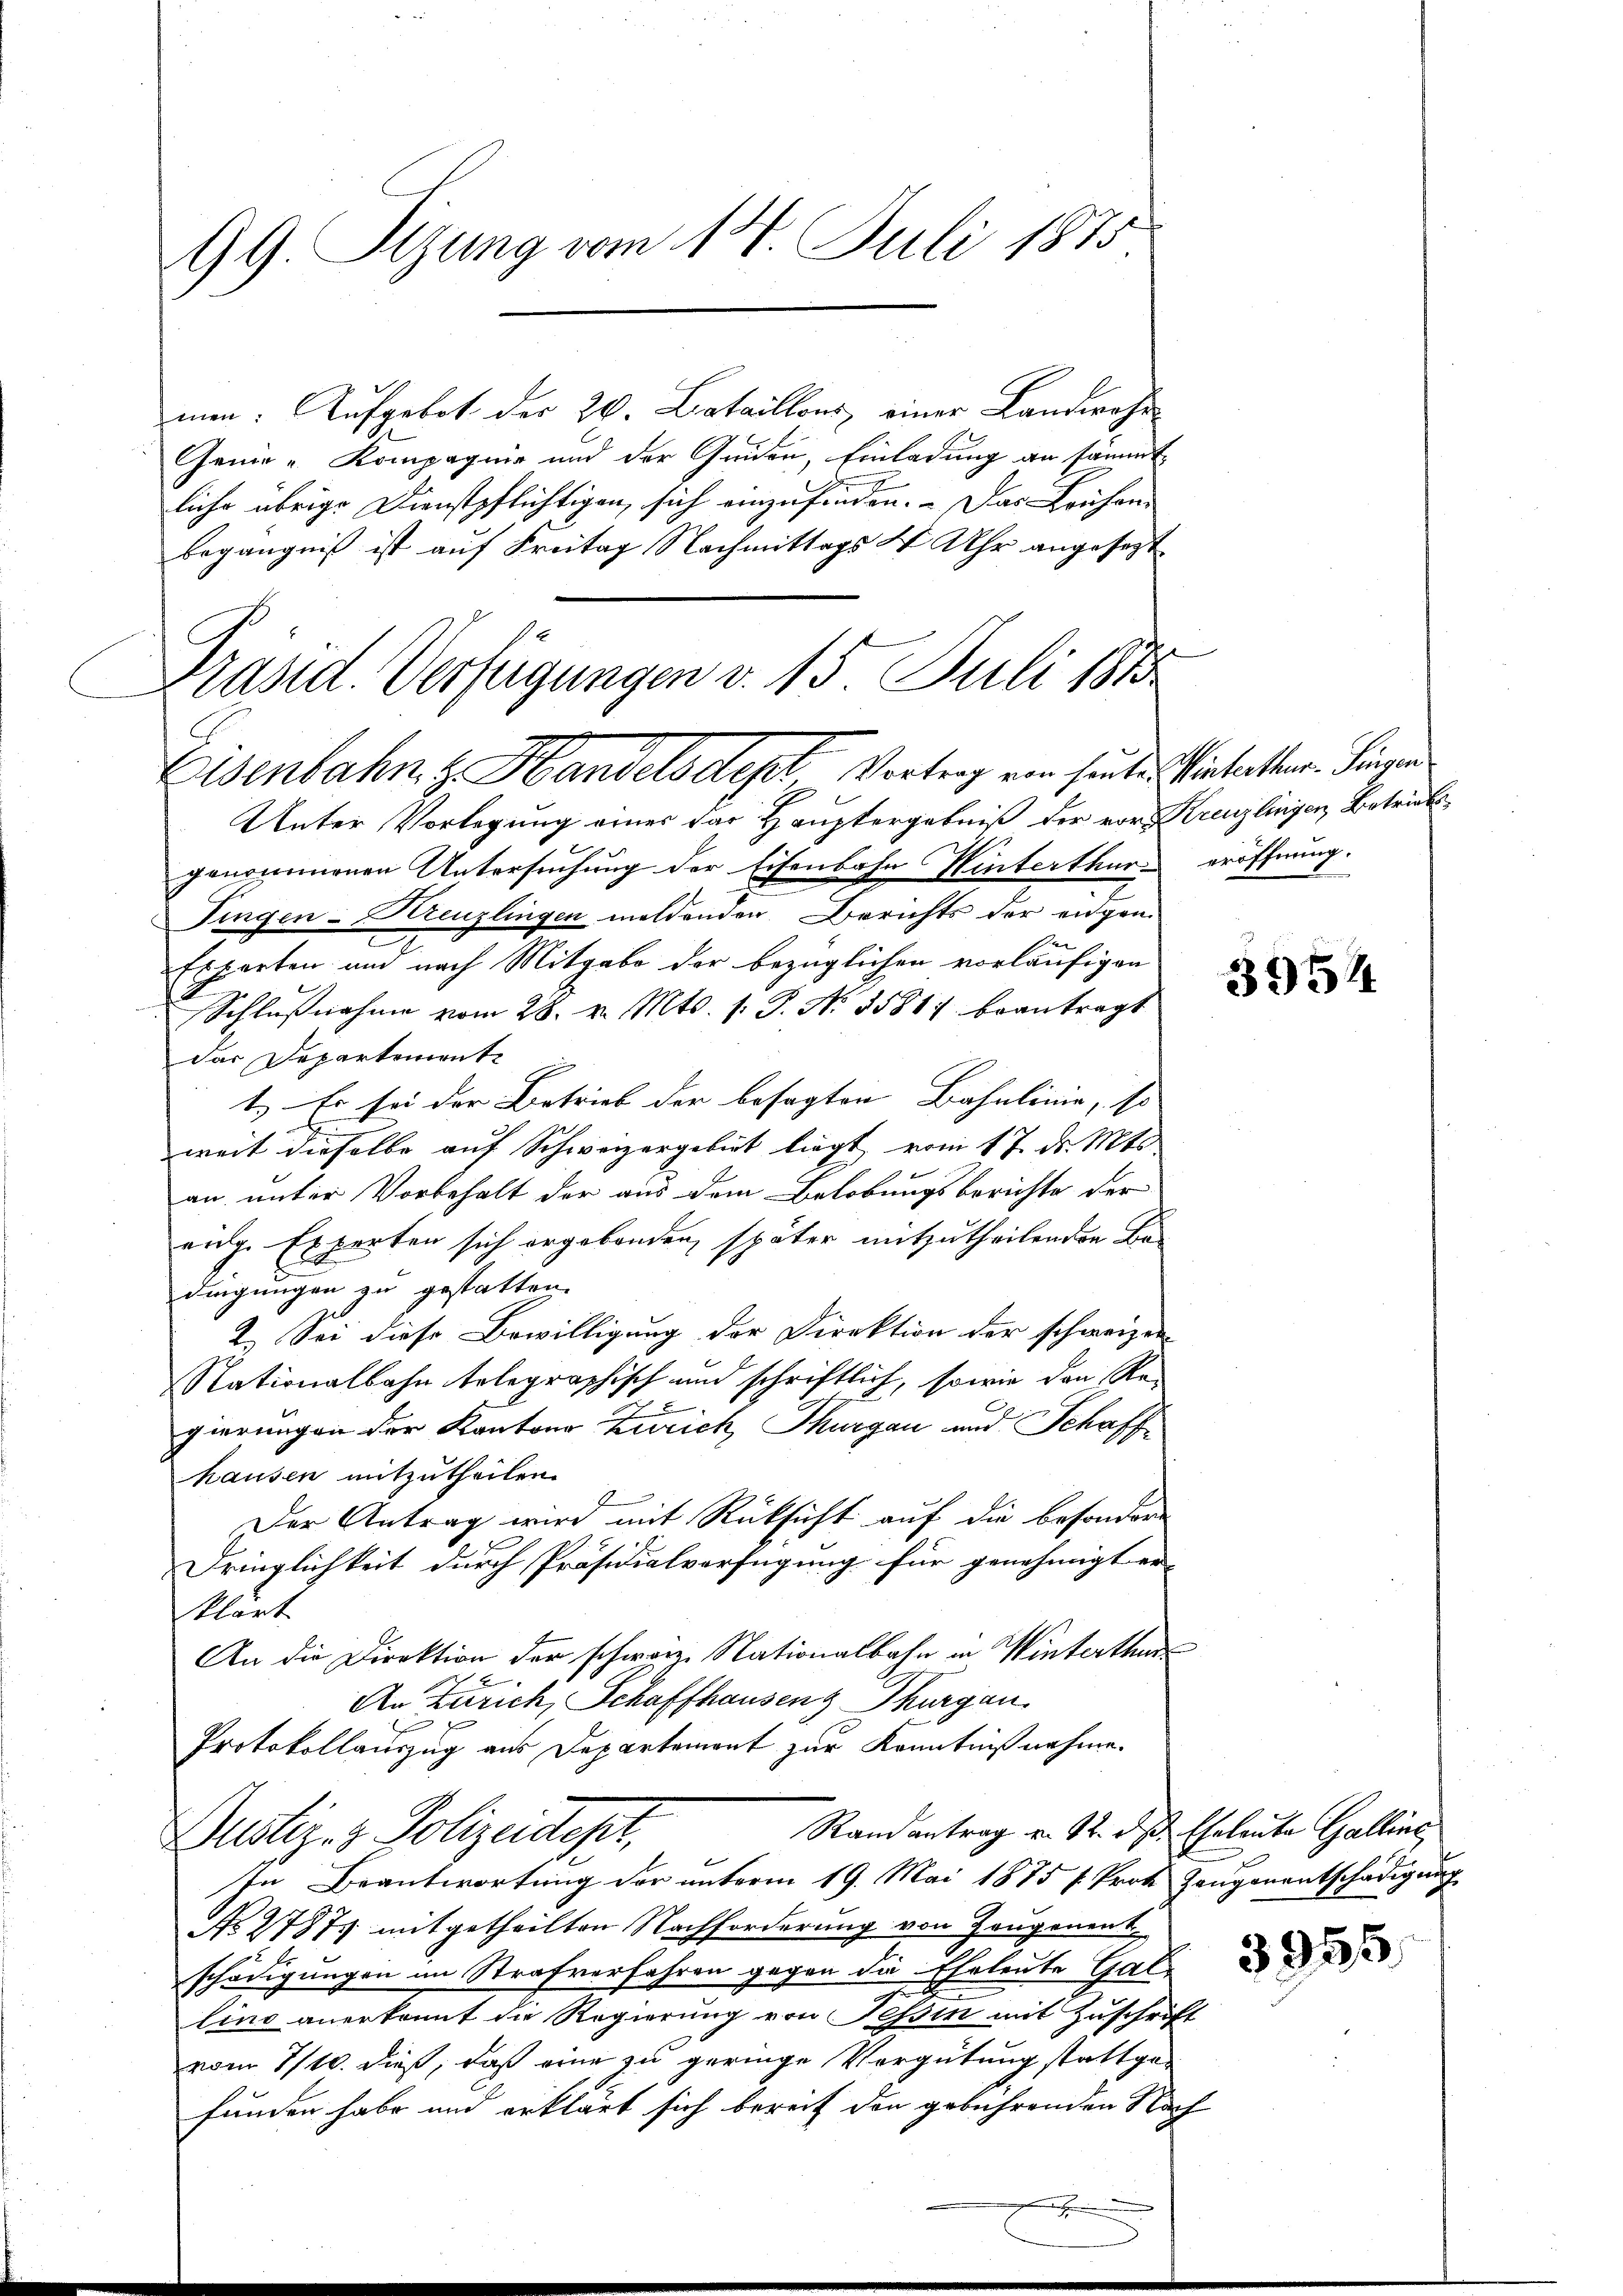
GG. Rizung vom 17. Juli 1875

men: Aufgebot der 26. Detaillons einer Landwehr¬
Genie - Kompagnie und der Gnaden, Einladung an sammt
liche übrige Dienstpflichtigen, sich einzufinden. Das Frühen-
begängniß ist auf Freitag Nachmittags 4 Uhr angesezt
Unter Vorlegung eines der Hauptergebniß der vor Kreuzlingen Betrick
genommenen Untersuchung der Eisenbahn Winterthur eröffnung.
Fingen-Kreuzlingen meldenden Berichts der engen.
Erwarten und nach Mitgabe der bezüglichen vorläufigen

Schlŭβnahme vom 28. v. Mts. s. S. Nr. 35817 beantragt
das Departement
1.) Es sei der Betrieb der besagten Bahnlinie, so |
weit dieselbe auf Schweizergebiet liegt vom 17. ds. Mts
an unter Vorbehalt der aus dem Belobungsberichte der
eng. Experten sich ergebenden, später mitzutheilenden Be-
dingungen zu gestatten.
2. Sei diese Bewilligung der Direktion der schweizen
Nationalbahn telegraphisch und schriftlich, sowie den Re-
gierungen der Kantons Zürich, Thurgau und Schaff
hausen mitzutheilen.
Der Antrag wird mit Rücksicht auf die besondere
Dringlichkeit durch Präsidialverfügung für genehmigt er-
klärt
An die Direktion der schwarze Nationalbahn in Winterthur
An Zürich, Schaffhausen Thurgau,
Protokollauszug aus Departement zur Kenntnißnahme.
Randantrag v. 12. des Eheleute Galline
Dustiz- & Polizeidest,
In Beantwortung der unterm 19. Mai 1875 f. Prote Zeugenentschädigung
No 27871 mitgetheilten Nachforderung von Zeugenent
schädigungen im Strafverfahren gegen die Eheleute Gallino anerkannt die Regierung von Tessin mit Zuschrift
vom 7/10. dieß, daß eine zu geringe Vergütung stattgefunden habe und erklärt sich bereit den gebührenden Nach

Präsid. Verfügungen v. 15. Juli 1883
Eisenbahn z. Handelsdept Vortrag von heute Winterthen. Sinnen

3954

3955